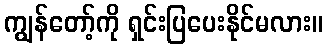
ကျွန်တော့်ကို ရှင်းပြပေးနိုင်မလား။